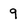
Character: 9